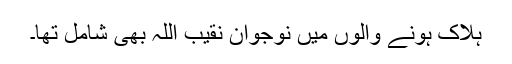
ہلاک ہونے والوں میں نوجوان نقیب اللہ بھی شامل تھا۔